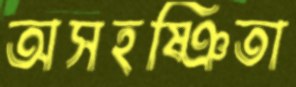
অসহষ্ঞিতা